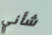
شأني